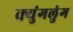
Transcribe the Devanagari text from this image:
क्युंगलुंग